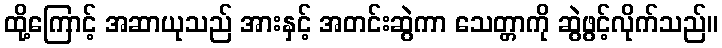
ထို့ကြောင့် အဆာယုသည် အားနှင့် အတင်းဆွဲကာ သေတ္တာကို ဆွဲဖွင့်လိုက်သည်။